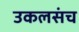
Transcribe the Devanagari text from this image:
उकलसंच